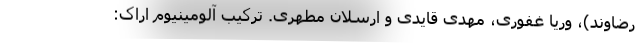
رضاوند)، وریا غفوری، مهدی قایدی و ارسلان مطهری. ترکیب آلومینیوم اراک:‌